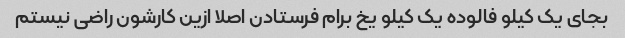
بجای یک کیلو فالوده یک کیلو یخ برام فرستادن اصلا ازین کارشون راضی نیستم